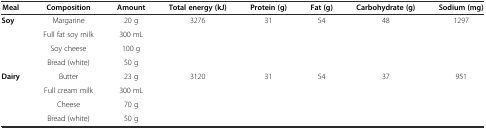
| Meal | Composition | Amount | Total energy (kJ) | Protein (g) | Fat (g) | Carbohydrate (g) | Sodium (mg) |
 | --- | --- | --- | --- | --- | --- | --- | --- |
 | <ROWSPAN=4> Soy | Margarine | 20 g | <ROWSPAN=4> 3276 | <ROWSPAN=4> 31 | <ROWSPAN=4> 54 | <ROWSPAN=4> 48 | <ROWSPAN=4> 1297 |
 | Full fat soy milk | 300 mL |
 | Soy cheese | 100 g |
 | Bread (white) | 50 g |
 | <ROWSPAN=4> Dairy | Butter | 23 g | <ROWSPAN=4> 3120 | <ROWSPAN=4> 31 | <ROWSPAN=4> 54 | <ROWSPAN=4> 37 | <ROWSPAN=4> 951 |
 | Full cream milk | 300 mL |
 | Cheese | 70 g |
 | Bread (white) | 50 g |